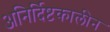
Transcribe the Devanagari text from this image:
अनिर्दिष्टकालीन